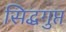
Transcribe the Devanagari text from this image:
सिद्धगुप्त